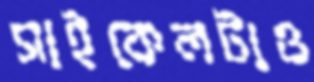
সাইকেলটাও